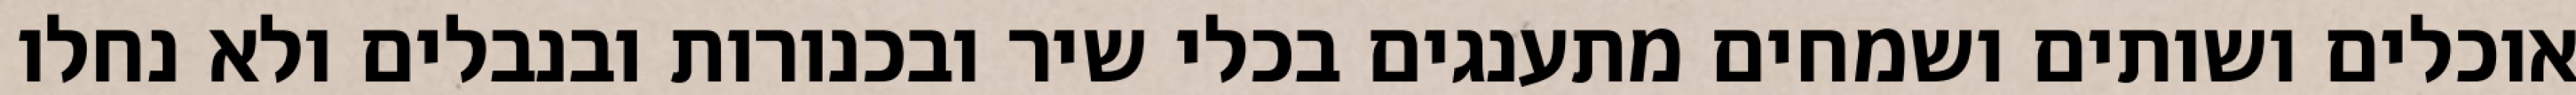
אוכלים ושותים ושמחים מתענגים בכלי שיר ובכנורות ובנבלים ולא נחלו